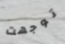
توجهت